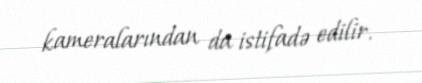
kameralarından da istifadə edilir.